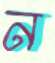
ন